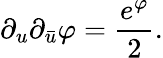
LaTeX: \partial_{u}\partial_{\bar{u}}\varphi={\frac{e^{\varphi}}{2}}.